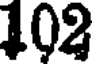
102